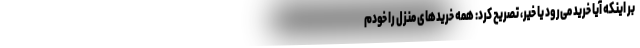
بر اینکه آیا خرید می‌رود یا خیر، تصریح کرد: همه خریدهای منزل را خودم